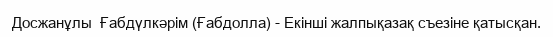
Досжанұлы  Ғабдүлкәрім (Ғабдолла) - Екінші жалпықазақ съезіне қатысқан.